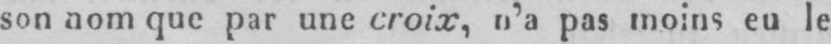
son nom que par une croix, n’a pas moins eu le